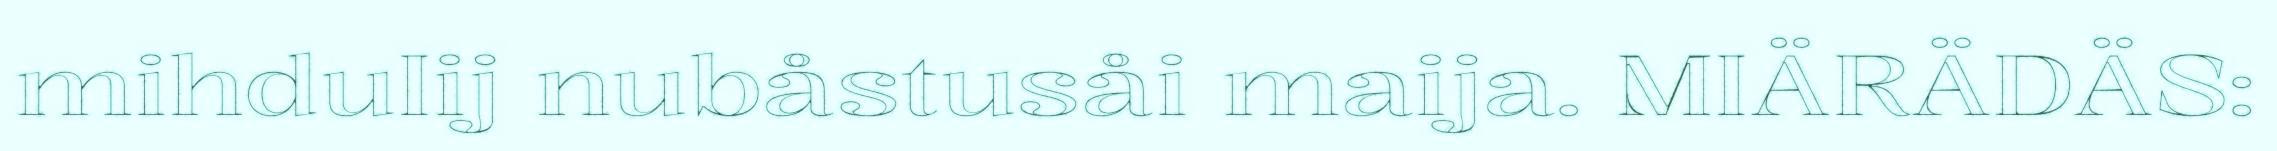
mihduIij nubåstusåi maija. MIÄRÄDÄS: